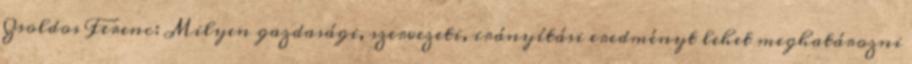
Zsoldos Ferenc: Milyen gazdasági, szervezeti, irányítási eredményt lehet meghatározni